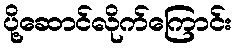
ပို့ဆောင်လိုက်ကြောင်း